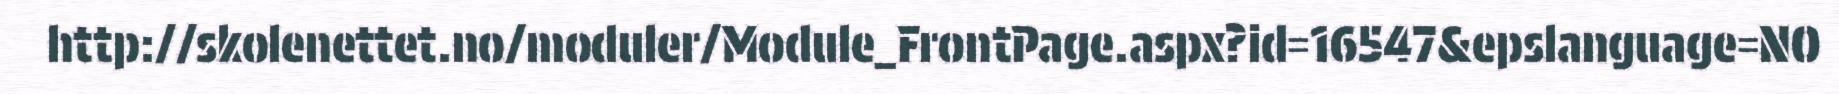
http://skolenettet.no/moduler/Module_FrontPage.aspx?id=16547&epslanguage=NO